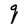
Character: q